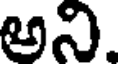
అని.